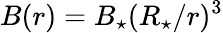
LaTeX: B(r)=B_{\star}(R_{\star}/r)^{3}